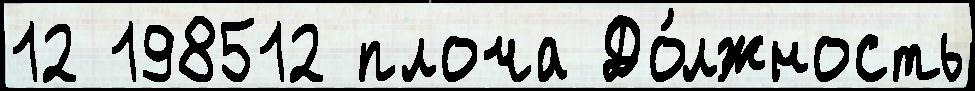
12 198512 плоча До́лжность